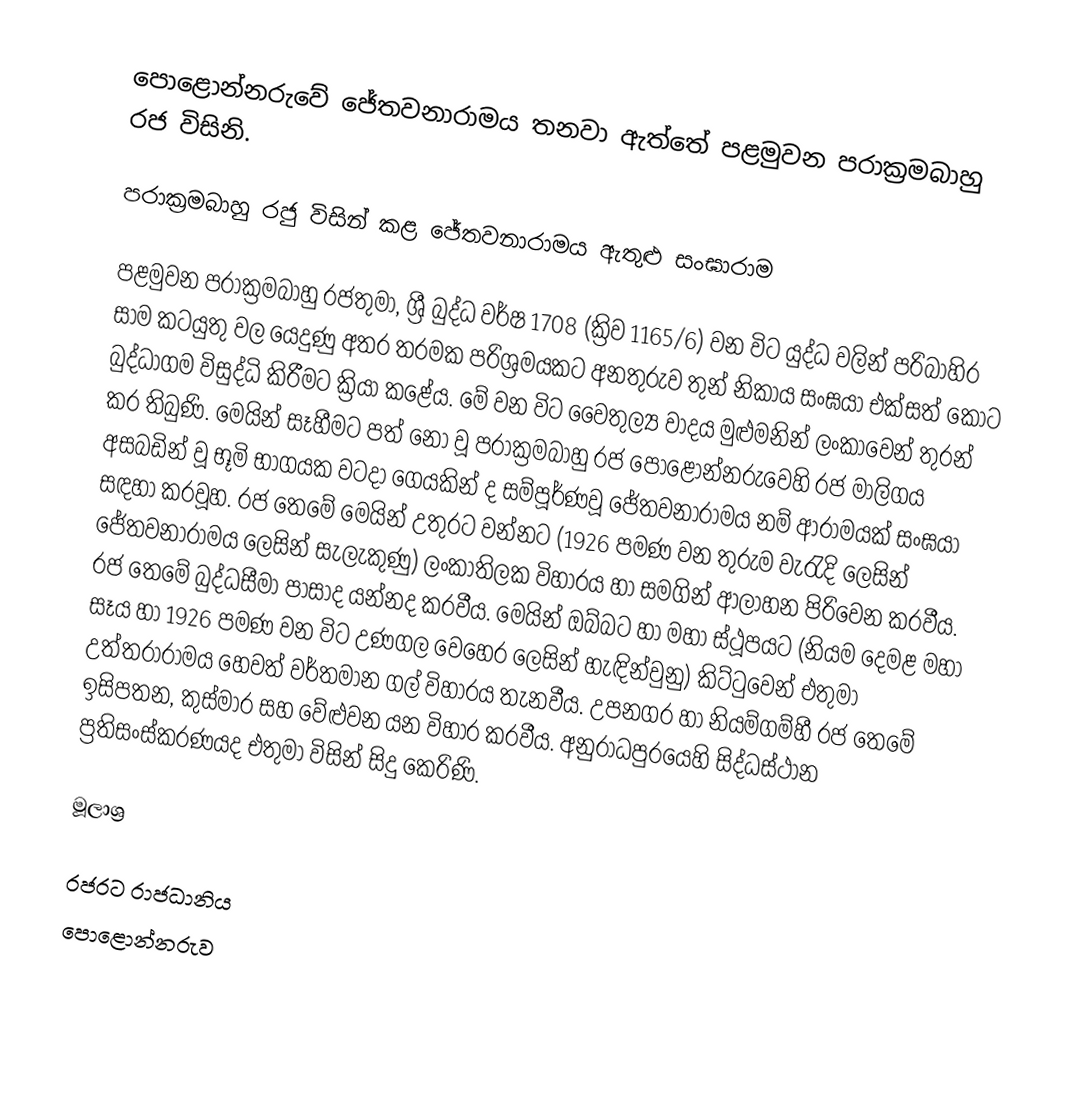
පොළොන්නරුවේ ජේතවනාරාමය තනවා ඇත්තේ පළමුවන පරාක්‍රමබාහු රජ විසිනි.

පරාක්‍රමබාහු රජු විසින් කළ ජේතවනාරාමය ඇතුළු සංඝාරාම

පළමුවන පරාක්‍රමබාහු රජතුමා, ශ්‍රී බුද්ධ වර්ෂ 1708  (ක්‍රිව 1165/6) වන විට යුද්ධ වලින් පරිබාහිර සාම කටයුතු වල  යෙදුණු අතර තරමක පරිශ්‍රමයකට අනතුරුව තුන් නිකාය සංඝයා එක්සත් කොට බුද්ධාගම විසුද්ධි කිරීමට ක්‍රියා කළේය. මේ වන විට වෛතුල්‍ය වාදය මුළුමනින් ලංකාවෙන් තුරන් කර තිබුණි. මෙයින් සෑහීමට පත් නො වූ පරාක්‍රමබාහු රජ   පොළොන්නරුවෙහි රජ මාලිගය අසබඩින් වූ භූමි භාගයක වටදා ගෙයකින් ද සම්පූර්ණවූ ජේතවනාරාමය නම් ආරාමයක්  සංඝයා සඳහා කරවූහ. රජ තෙමේ මෙයින් උතුරට වන්නට (1926 පමණ වන තුරුම වැරැදි ලෙසින් ජේතවනාරාමය ලෙසින් සැලැකුණු) ලංකාතිලක විහාරය හා සමගින් ආලාහන පිරිවෙන කරවීය. රජ තෙමේ බුද්ධසීමා පාසාද යන්නද කරවීය. මෙයින් ඔබ්බට හා මහා ස්ථූපයට (නියම දෙමළ මහා සෑය හා 1926 පමණ වන විට උණගල වෙහෙර ලෙසින් හැඳින්වුනු) කිට්ටුවෙන් එතුමා උත්තරාරාමය හෙවත් වර්තමාන ගල් විහාරය තැනවීය.  උපනගර හා නියම්ගම්හී රජ තෙමේ ඉසිපතන, කුස්මාර සහ වේළුවන යන විහාර කරවීය. අනුරාධපුරයෙහි සිද්ධස්ථාන ප්‍රතිසංස්කරණයද එතුමා විසින් සිදු කෙරිණි.

මූලාශ්‍ර

රජරට රාජධානිය
පොළොන්නරුව